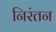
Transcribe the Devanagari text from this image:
निरंतन